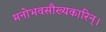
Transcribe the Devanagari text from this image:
मनोभवसौख्यकारिन्।